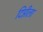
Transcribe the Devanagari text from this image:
दिप्तीला